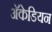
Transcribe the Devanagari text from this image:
अॅकेडियन